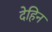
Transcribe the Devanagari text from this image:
देहिन